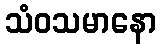
သံဝသမာနော